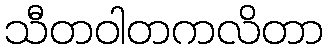
သီတဝါတကလိတာ